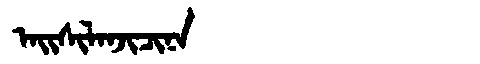
Manchu: ᠠᡳᠰᡳᠯᠠᠨᠵᡳᠴᡳᠨᠠ
Romanization: AISILANJICINA